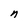
Character: n